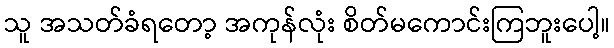
သူ အသတ်ခံရတော့ အကုန်လုံး စိတ်မကောင်းကြဘူးပေါ့။